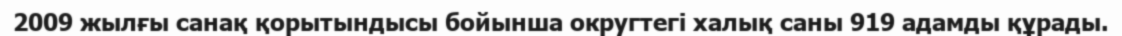
2009 жылғы санақ қорытындысы бойынша округтегі халық саны 919 адамды құрады.